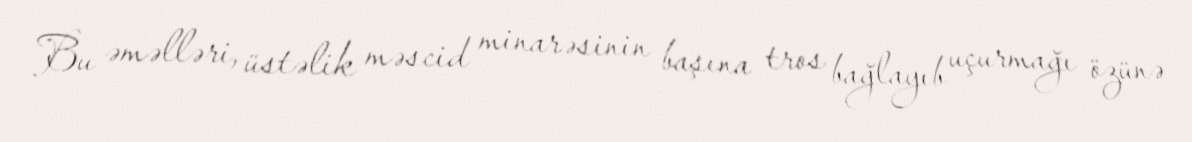
Bu əməlləri, üstəlik məscid minarəsinin başına tros bağlayıb uçurmağı özünə